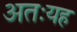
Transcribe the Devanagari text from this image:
अतःयह